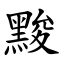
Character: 黢